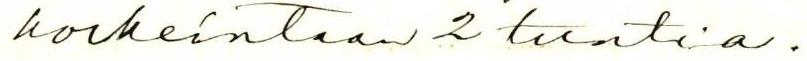
korkeintaan 2 tuntia.